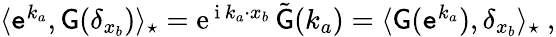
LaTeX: \begin{array}{r}{\langle\mathtt{e}^{k_{a}},\mathsf{G}(\delta_{x_{b}})\rangle_{\star}={\mathrm{e}}^{\, {\mathrm{i}}\, k_{a}\cdot x_{b}}\, \tilde{\mathsf{G}}(k_{a})=\langle\mathsf{G}(\mathtt{e}^{k_{a}}),\delta_{x_{b}}\rangle_{\star}\ ,}\end{array}